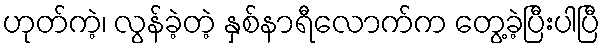
ဟုတ်ကဲ့၊ လွန်ခဲ့တဲ့ နှစ်နာရီလောက်က တွေ့ခဲ့ပြီးပါပြီ